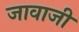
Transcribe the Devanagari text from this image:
जावाजी